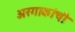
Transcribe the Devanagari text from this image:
अरगाकांची